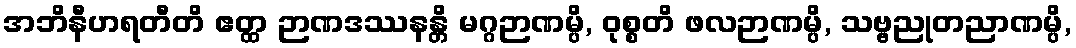
အဘိနီဟရတီတိ ဧတ္ထ ဉာဏဒဿနန္တိ မဂ္ဂဉာဏမ္ပိ, ဝုစ္စတိ ဖလဉာဏမ္ပိ, သဗ္ဗညုတညာဏမ္ပိ,